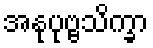
အနုပုဗ္ဗသိက္ခာ